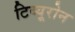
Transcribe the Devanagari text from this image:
टिब्यूरोन